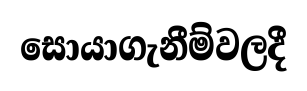
සොයාගැනීම්වලදී